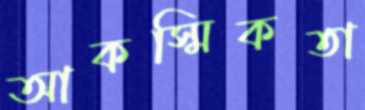
আকস্মিকতা